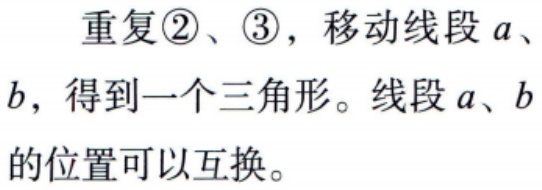
重复\textcircled{2}、\textcircled{3}，移动线段\(a\)、\(b\)，得到一个三角形。线段\(a\)、\(b\)的位置可以互换。